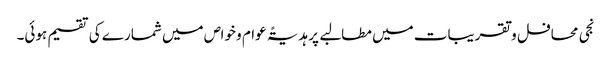
نجی محافل و تقریبات میں مطالبے پر ہدیۃً عوام و خواص میں شمارے کی تقسیم ہوئی۔